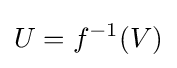
U=f^{-1}(V)